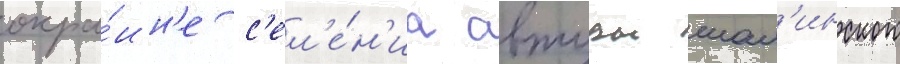
окра́ин'е с'ел'е́н'иа автуры шал'инского